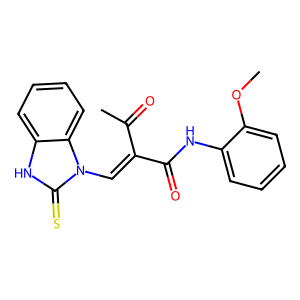
SMILES: COc1ccccc1NC(=O)C(=Cn1c(=S)[nH]c2ccccc21)C(C)=O
Inhibits HIV replication: No